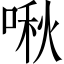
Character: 啾